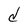
Character: d